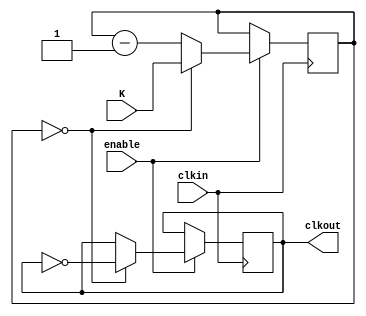
module clkdiv(
	clkin, //clock input to be divided
	enable, //enable clk divider when high
	K, //clock frequency divider is 2*(K+1)
	clkout //symmetric clock output Fout= Fin / 2*(K+1)
);

parameter K_BIT =16;
//input ports
input clkin;
input enable;
input [K_BIT-1:0] K;

//output ports
output clkout;

//output ports data type
reg[K_BIT-1:0] count;
reg clkout;

initial clkout = 1'b0;

	always @ (posedge clkin)
		if (enable == 1'b1)
			if (count == 10'b0) begin
				clkout <= ~clkout;
				count <= K;
				end
			else
				count <= count - 1'b1;
endmodule